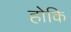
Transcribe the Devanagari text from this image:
होकि